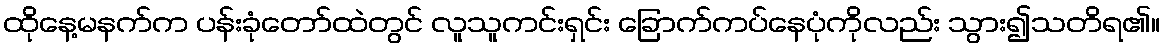
ထိုနေ့မနက်က ပန်းခုံတော်ထဲတွင် လူသူကင်းရှင်း ခြောက်ကပ်နေပုံကိုလည်း သွား၍သတိရ၏။